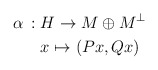
\begin{align*}\alpha\, :\;& H\rightarrow M\oplus M^\perp\\&x\mapsto (Px,Qx)\end{align*}